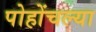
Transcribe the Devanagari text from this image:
पोहोंचल्या